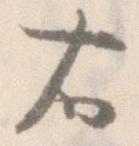
右